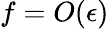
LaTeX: f=O(\epsilon)